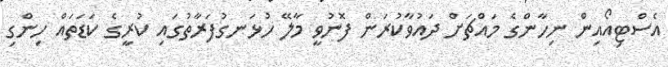
އެސްޓިއޯއިން ނިހާންގެ މައްޗަށް ދައުވާކުރަން ފޮނުވީ މާލޭ ހުޅަނގުފަރާތުގައި ކުރީގެ ކަޑަތައް ހިންގި